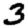
Digit: 3